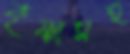
কৃষ্ণাসহ